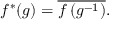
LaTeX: f ^ { * } ( g ) = { \overline { { f \left( g ^ { - 1 } \right) } } } .